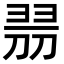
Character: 𠝧